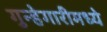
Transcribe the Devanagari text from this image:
गुन्हेगारीमध्ये